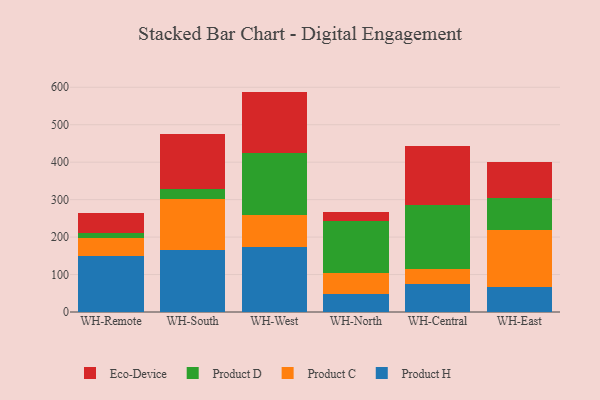
{"axis": {"x": "Warehouse", "y": "Temperature (°C)"}, "legend": ["Eco-Device", "Product C", "Product D", "Product H"], "data": [{"x": "WH-Remote", "y": 148.6, "type": "Product H"}, {"x": "WH-Remote", "y": 47.9, "type": "Product C"}, {"x": "WH-Remote", "y": 13.5, "type": "Product D"}, {"x": "WH-Remote", "y": 53.2, "type": "Eco-Device"}, {"x": "WH-South", "y": 166.7, "type": "Product H"}, {"x": "WH-South", "y": 134.5, "type": "Product C"}, {"x": "WH-South", "y": 26.7, "type": "Product D"}, {"x": "WH-South", "y": 146.6, "type": "Eco-Device"}, {"x": "WH-West", "y": 173.7, "type": "Product H"}, {"x": "WH-West", "y": 84.0, "type": "Product C"}, {"x": "WH-West", "y": 166.5, "type": "Product D"}, {"x": "WH-West", "y": 164.2, "type": "Eco-Device"}, {"x": "WH-North", "y": 48.8, "type": "Product H"}, {"x": "WH-North", "y": 54.4, "type": "Product C"}, {"x": "WH-North", "y": 140.7, "type": "Product D"}, {"x": "WH-North", "y": 23.8, "type": "Eco-Device"}, {"x": "WH-Central", "y": 75.2, "type": "Product H"}, {"x": "WH-Central", "y": 39.3, "type": "Product C"}, {"x": "WH-Central", "y": 170.0, "type": "Product D"}, {"x": "WH-Central", "y": 158.5, "type": "Eco-Device"}, {"x": "WH-East", "y": 66.7, "type": "Product H"}, {"x": "WH-East", "y": 150.9, "type": "Product C"}, {"x": "WH-East", "y": 87.1, "type": "Product D"}, {"x": "WH-East", "y": 95.7, "type": "Eco-Device"}]}